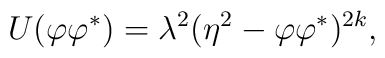
U(\varphi\varphi^\ast)=\lambda^2(\eta^2-\varphi\varphi^\ast)^{2k},